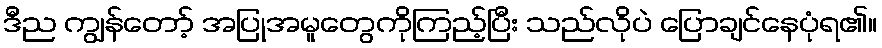
ဒီည ကျွန်တော့် အပြုအမူတွေကိုကြည့်ပြီး သည်လိုပဲ ပြောချင်နေပုံရ၏။